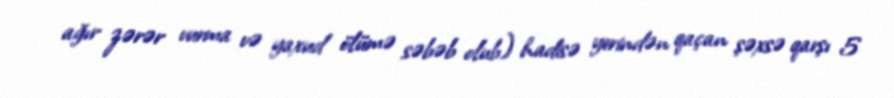
ağır zərər vurma və yaxud ölümə səbəb olub) hadisə yerindən qaçan şəxsə qarşı 5